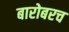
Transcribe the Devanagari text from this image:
बारोबरच